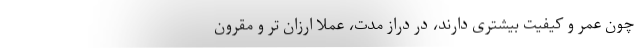
چون عمر و کیفیت بیشتری دارند، در دراز مدت، عملاً ارزان تر و مقرون